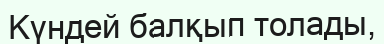
Күндей балқып толады,